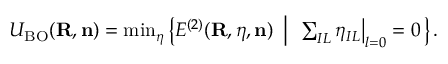
\begin{array} { r } { { \cal U } _ { \mathrm { B O } } ( { \bf R , n } ) = \operatorname* { m i n } _ { { \boldsymbol \eta } } \left\{ { \cal E } ^ { ( 2 ) } ( { \bf R } , { \boldsymbol \eta } , { \bf n } ) ~ \left\vert ~ \ \sum _ { I L } \eta _ { I L } \big \vert _ { l = 0 } = 0 \right. \right\} . } \end{array}